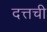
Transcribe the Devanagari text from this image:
दत्तची